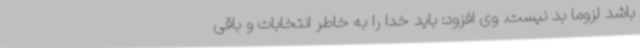
باشد لزوما بد نیست. وی افزود: باید خدا را به خاطر انتخابات و باقی